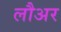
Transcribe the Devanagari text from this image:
लौअर